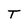
Character: T